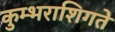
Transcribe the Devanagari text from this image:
कुम्भराशिगते